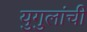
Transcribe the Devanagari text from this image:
युगुलांची